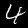
Label: 4